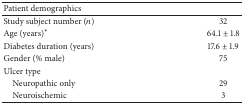
| Patient demographics |  |
 | --- | --- |
 | Study subject number (n) | 32 |
 | Age (years)* | 64.1 ± 1.8 |
 | Diabetes duration (years) | 17.6 ± 1.9 |
 | Gender (% male) | 75 |
 | Ulcer type |  |
 | Neuropathic only | 29 |
 | Neuroischemic | 3 |